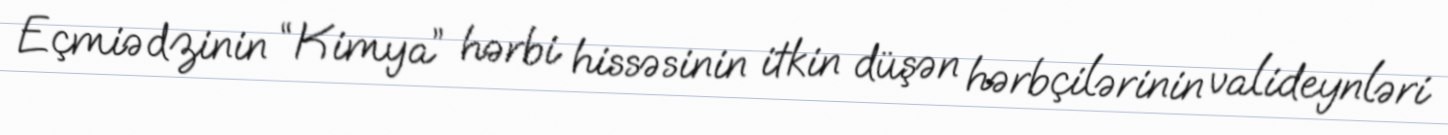
Eçmiədzinin “Kimya” hərbi hissəsinin itkin düşən hərbçilərinin valideynləri